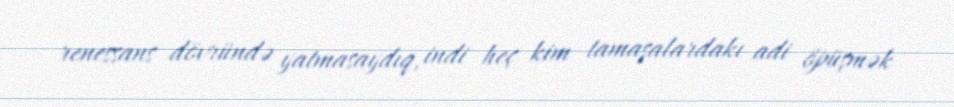
renessans dövründə yatmasaydıq, indi heç kim tamaşalardakı adi öpüşmək